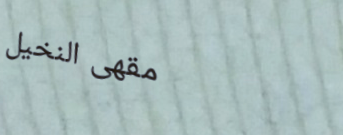
مقهى النخيل